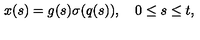
x ( s ) = g ( s ) \sigma ( q ( s ) ) , \quad 0 \le s \le t ,